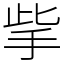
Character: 㧘